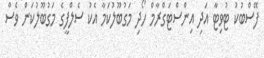
ފޭސްބުކު ޓުވިޓާ އަދި އިންސްޓަގްރާމް ހޯދި މަގުބޫލުކަމާ އެކު ސެލްފީގެ މަގުބޫލުކަން ވެސް